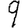
Digit: 9